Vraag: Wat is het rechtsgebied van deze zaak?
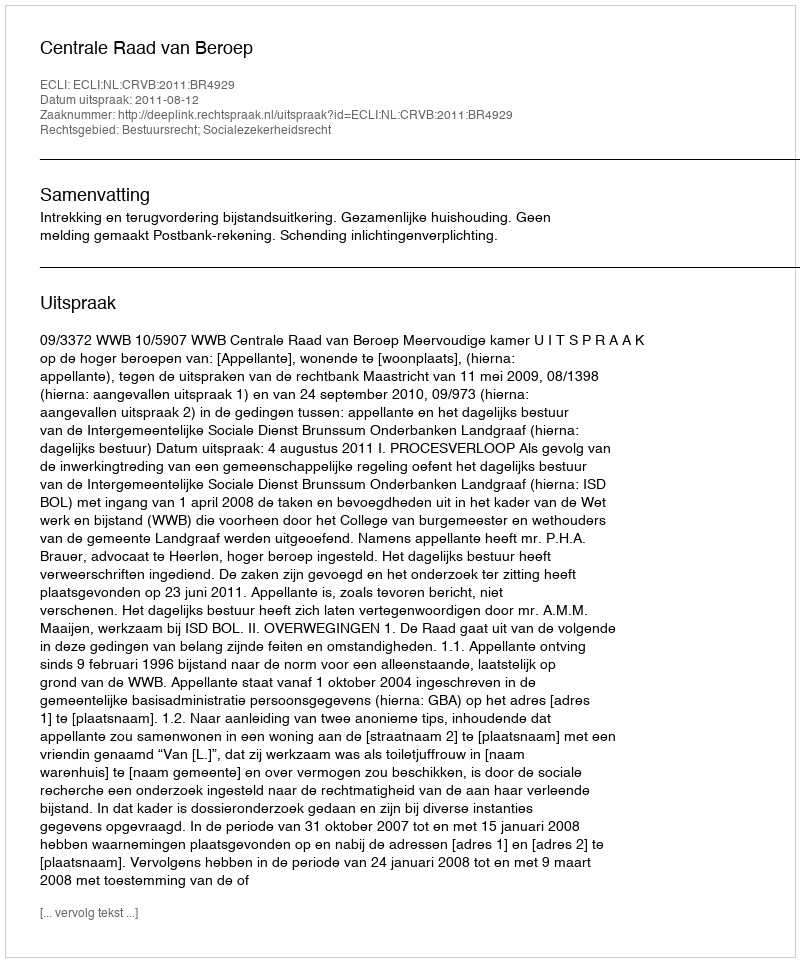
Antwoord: Bestuursrecht; Socialezekerheidsrecht